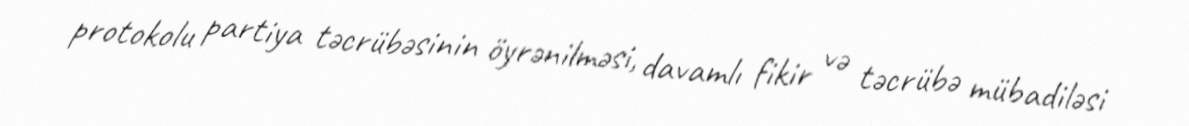
protokolu partiya təcrübəsinin öyrənilməsi, davamlı fikir və təcrübə mübadiləsi